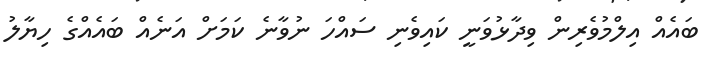
ބައެއް އިލްމުވެރިން ވިދާޅުވަނީ ކައިވެނި ސައްހަ ނުވާނެ ކަމަށް އަނެއް ބައެއްގެ ހިޔާލު